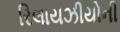
રિલાયઝીયોની